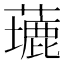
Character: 𦿖